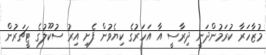
މުޒާހަރާ ކުރަމުންދަނީ ދިރާސީ އާ އަހަރުގެ ކިޔެވުން ފެށި އިރު ސުކޫލުގެ ޓީޗަރުން